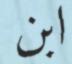
ابن